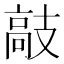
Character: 𫾣